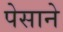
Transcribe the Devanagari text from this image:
पेसाने